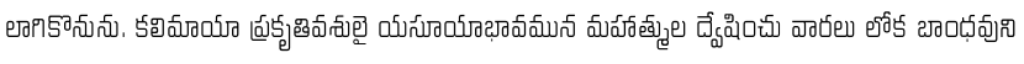
లాగికొనును. కలిమాయా ప్రకృతివశులై యసూయాభావమున మహాత్ముల ద్వేషించు వారలు లోక బాంధవుని